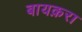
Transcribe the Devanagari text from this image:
बायक़रा